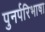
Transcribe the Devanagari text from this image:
पुनर्परिभाषा